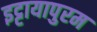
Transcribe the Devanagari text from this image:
इट्टायापुरम